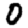
Digit: 0